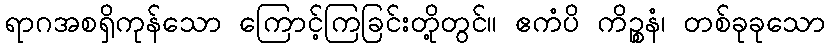
ရာဂအစရှိကုန်သော ကြောင့်ကြခြင်းတို့တွင်။ ဧကံပိ ကိဉ္စနံ၊ တစ်ခုခုသော